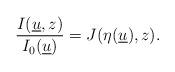
LaTeX: \begin{align*}\frac{I(\underline{u},z)}{I_0(\underline{u})}=J(\eta(\underline{u}),z).\end{align*}